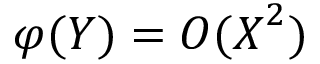
\varphi ( \boldsymbol { Y } ) = O ( \boldsymbol { X } ^ { 2 } )